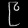
Digit: ၉